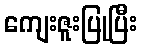
ကျေးဇူးပြုပြီး